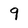
Character: 9